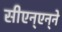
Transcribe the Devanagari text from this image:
सीएन्‌एन्‌ने